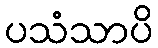
ပသံသာပိ